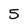
Character: 5